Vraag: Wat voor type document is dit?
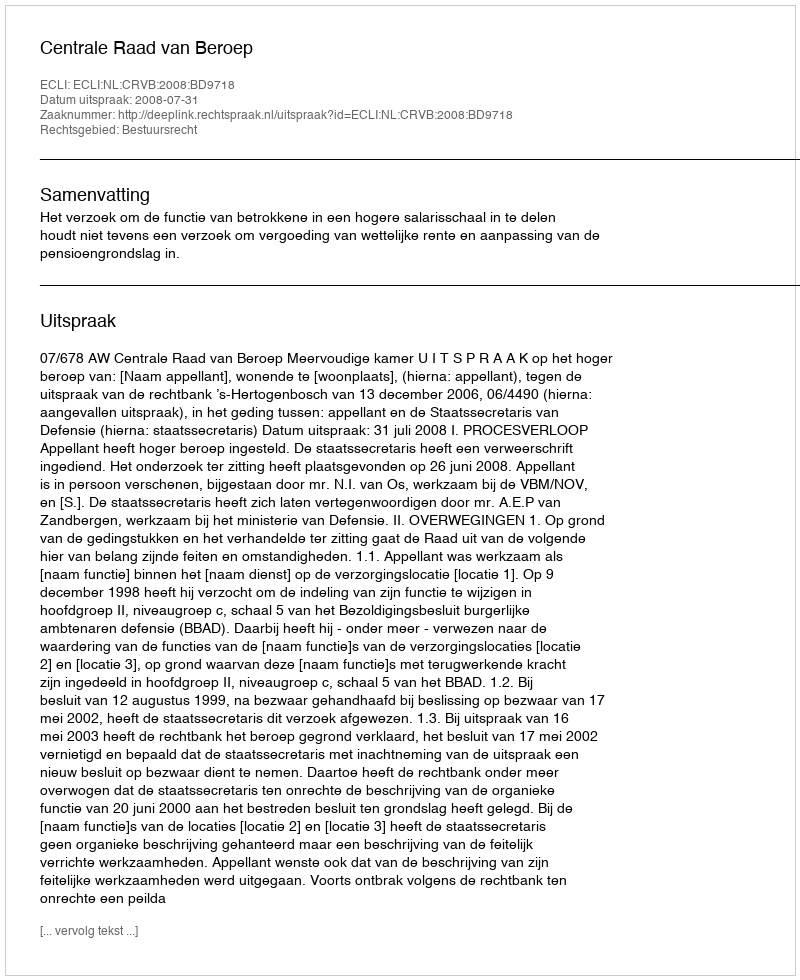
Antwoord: Uitspraak